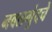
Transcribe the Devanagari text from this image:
नवलगुंदचे